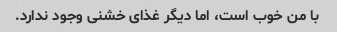
با من خوب است، اما دیگر غذای خشنی وجود ندارد.